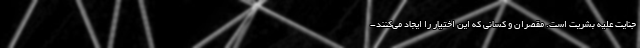
جنایت علیه بشریت است. مقصران و کسانی که این اختیار را ایجاد می‌کنند-